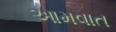
આમવાત